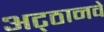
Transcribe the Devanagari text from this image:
अट्‍ठानवे